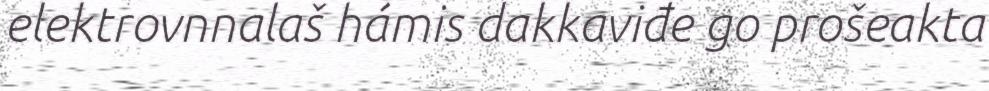
elektrovnnalaš hámis dakkaviđe go prošeakta